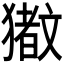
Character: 𬍆